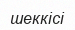
шеккісі